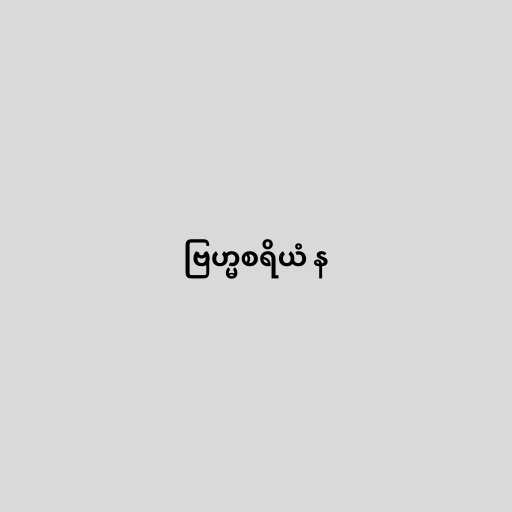
ဗြဟ္မစရိယံ န